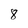
Character: 8